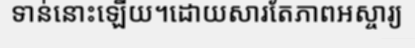
ទាន់នោះឡើយ។ដោយសារតែភាពអស្ចារ្យ